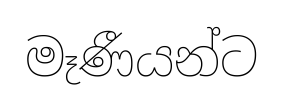
මෑණීයන්ට